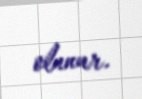
olunur.